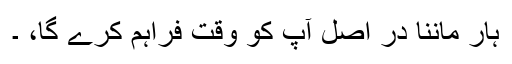
ہار ماننا در اصل آپ کو وقت فراہم کرے گا، ۔